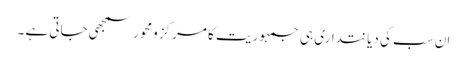
ان سب کی دیانتداری ہی جمہوریت کا مرکز ومحور سمجھی جاتی ہے ۔